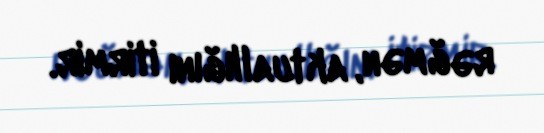
rəğmən, aktuallığını itirmir.